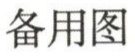
备用图